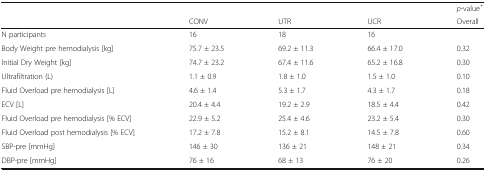
<table><thead><tr><td></td><td></td><td></td><td></td><td><b><i>p</i>-value<sup>+</sup></b></td></tr><tr><td></td><td><b>CONV</b></td><td><b>UTR</b></td><td><b>UCR</b></td><td><b>Overall</b></td></tr></thead><tbody><tr><td>N participants</td><td>16</td><td>18</td><td>16</td><td></td></tr><tr><td>Body Weight pre hemodialysis [kg]</td><td>75.7 ± 23.5</td><td>69.2 ± 11.3</td><td>66.4 ± 17.0</td><td>0.32</td></tr><tr><td>Initial Dry Weight [kg]</td><td>74.7 ± 23.2</td><td>67.4 ± 11.6</td><td>65.2 ± 16.8</td><td>0.30</td></tr><tr><td>Ultrafiltration (L)</td><td>1.1 ± 0.9</td><td>1.8 ± 1.0</td><td>1.5 ± 1.0</td><td>0.10</td></tr><tr><td>Fluid Overload pre hemodialysis [L]</td><td>4.6 ± 1.4</td><td>5.3 ± 1.7</td><td>4.3 ± 1.7</td><td>0.18</td></tr><tr><td>ECV [L]</td><td>20.4 ± 4.4</td><td>19.2 ± 2.9</td><td>18.5 ± 4.4</td><td>0.42</td></tr><tr><td>Fluid Overload pre hemodialysis [% ECV]</td><td>22.9 ± 5.2</td><td>25.4 ± 4.6</td><td>23.2 ± 5.4</td><td>0.30</td></tr><tr><td>Fluid Overload post hemodialysis [% ECV]</td><td>17.2 ± 7.8</td><td>15.2 ± 8.1</td><td>14.5 ± 7.8</td><td>0.60</td></tr><tr><td>SBP-pre [mmHg]</td><td>146 ± 30</td><td>136 ± 21</td><td>148 ± 21</td><td>0.34</td></tr><tr><td>DBP-pre [mmHg]</td><td>76 ± 16</td><td>68 ± 13</td><td>76 ± 20</td><td>0.26</td></tr></tbody></table>